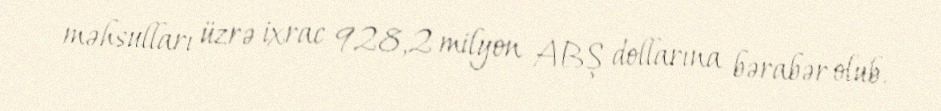
məhsulları üzrə ixrac 928,2 milyon ABŞ dollarına bərabər olub.